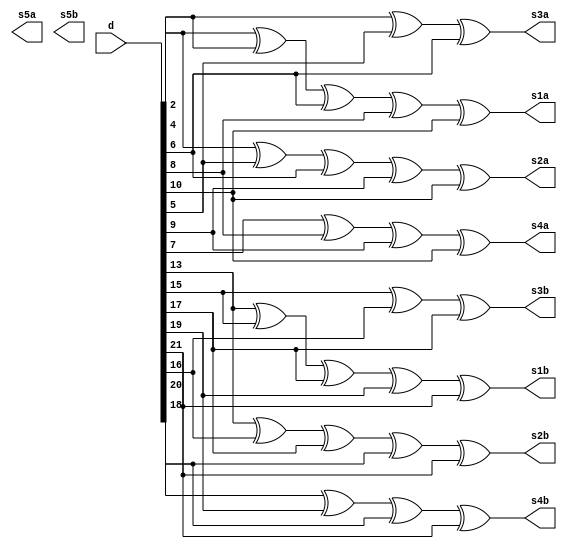
`timescale 1ns / 1ps
//////////////////////////////////////////////////////////////////////////////////
// Company: 
// Engineer: 
// 
// Design Name: 
// Module Name: sec_ded_encoder
// Project Name: 
// Target Devices: 
// Tool Versions: 
// Description: 
// 
// Dependencies: 
// 
// Revision:
// Revision 0.01 - File Created
// Additional Comments:
// 
//////////////////////////////////////////////////////////////////////////////////

module sec_ded_encoder(
    input [31:0] d,
    output s1a,s2a,s3a,s4a,s5a,s1b,s2b,s3b,s4b,s5b
    );
    xor(s1a, d[2], d[4], d[6], d[8], d[10]);
    xor(s2a, d[2], d[5], d[6], d[9], d[10]);   
    xor(s3a, d[4], d[5], d[6]);
    xor(s4a, d[7], d[8], d[9], d[10]); 
    
    xor(s1b, d[13], d[15], d[17], d[19], d[21]);
    xor(s2b, d[13], d[16], d[17], d[20], d[21]);   
    xor(s3b, d[15], d[16], d[17]);
    xor(s4b, d[18], d[19], d[20], d[21]);      
endmodule